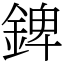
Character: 錍